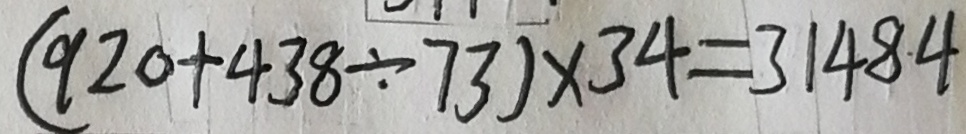
( 9 2 0 + 4 3 8 \div 7 3 ) \times 3 4 = 3 1 4 8 . 4